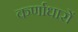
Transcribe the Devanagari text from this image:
कर्णाधारों